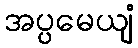
အပ္ပမေယျံ